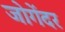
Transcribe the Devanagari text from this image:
जोगेंदर